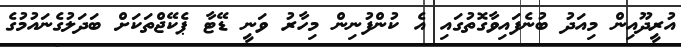
އުރީދޫއިން މިއަދު ބުނެފައިވާގޮތުގައި އެ ކުންފުނިން މިހާރު ވަނީ ޑޭޓާ ޕެކޭޖްތަކަށް ބަދަލުގެނައުމުގެ